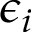
\epsilon _ { i }